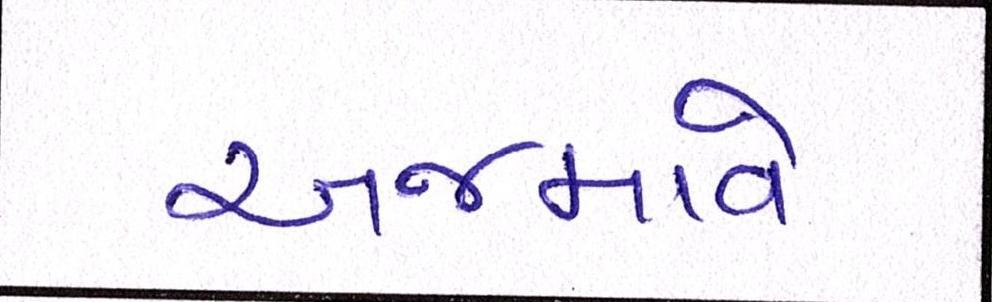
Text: અજમાવે